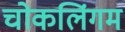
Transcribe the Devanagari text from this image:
चोकलिंगम